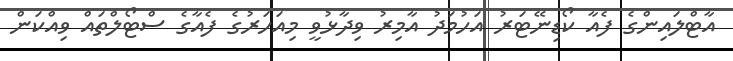
އާޓްލައިންގެ ފެއާ ކޯޑިނޭޓަރު އަހުމަދު އާމިރު ވިދާޅުވީ މިއަހަރުގެ ފެއާގެ ސްޓޯލްތައް ވިއްކަން